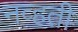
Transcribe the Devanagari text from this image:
नव्‍हती